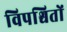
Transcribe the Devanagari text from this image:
विपश्चितों